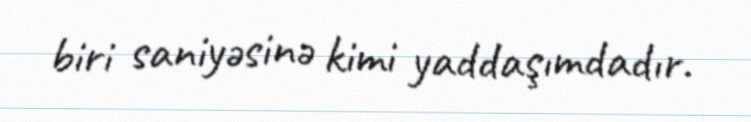
biri saniyəsinə kimi yaddaşımdadır.